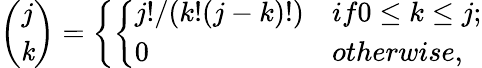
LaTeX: {\binom{j}{\mathit{k}}}=\left\{ \left\{ \begin{array}{ll}{{j!/(k!(j-k)!)}}&{{if0\le k\le j;}}\\ {{0}}&{{otherwise,}}\end{array}\right.\right.